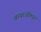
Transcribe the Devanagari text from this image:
बाबाजींकडून